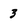
Character: 3